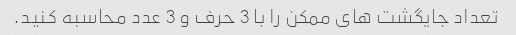
تعداد جایگشت های ممکن را با 3 حرف و 3 عدد محاسبه کنید.